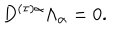
D ^ { ( \tau ) \alpha } \Lambda _ { \alpha } = 0 .